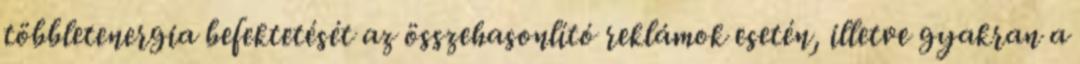
többletenergia befektetését az összehasonlító reklámok esetén, illetve gyakran a